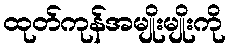
ထုတ်ကုန်အမျိုးမျိုးကို